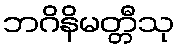
ဘဂိနိမတ္တီသု